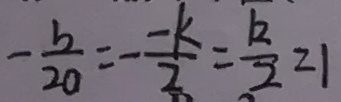
- \frac { b } { 2 0 } = - \frac { - k } { 2 } = \frac { k } { 2 } = 1